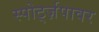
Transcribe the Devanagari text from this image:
स्पोर्ट्ज़पावर